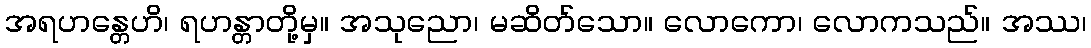
အရဟန္တေဟိ၊ ရဟန္တာတို့မှ။ အသုညော၊ မဆိတ်သော။ လောကော၊ လောကသည်။ အဿ၊